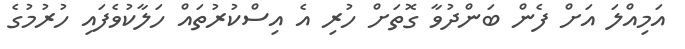
އަމިއްލަ އަށް ފެން ބަންދުވާ ގޮތަށް ހުރި އެ އިސްކުރުތައް ހަލާކުވެފައި ހުރުމުގެ